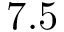
7 . 5